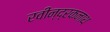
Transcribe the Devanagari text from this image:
रवीन्द्रकनाथ